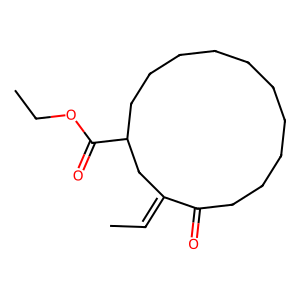
SMILES: CC=C1CC(C(=O)OCC)CCCCCCCCCCC1=O
Inhibits HIV replication: No